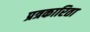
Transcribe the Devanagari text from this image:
प्रत्रकारिता